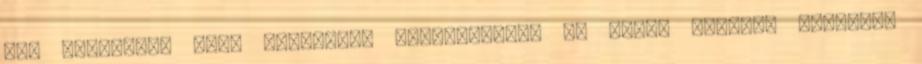
for Happiness nevű szervezet alapításában is részt vettem, amelynek